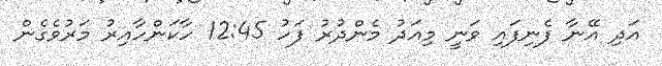
އަދި އޭނާ ފެނިފައި ވަނީ މިއަދު މެންދުރު ފަހު 12:45 ހާކަންހާއިރު މަރުވެގެން